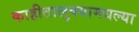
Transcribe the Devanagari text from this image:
काहीतालुक्यामधल्या